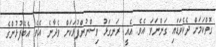
ގޮތްކަމަށް ދެކެވަޑައި ގަންނަވަ އެވެ. އެއީ ރަނގަޅު ވިސްނުންފުޅަކަށް ވެދާނެ އެވެ. އެބޭފުޅުންގެ